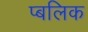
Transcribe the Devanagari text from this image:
प्बलिक